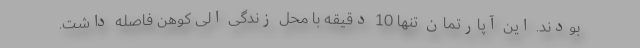
بودند. این آپارتمان تنها 10 دقیقه با محل زندگی الی کوهن فاصله داشت.